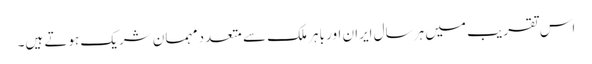
اس تقریب میں ہر سال ایران اور باہر ملک سے متعدد مہمان شریک ہوتے ہیں۔